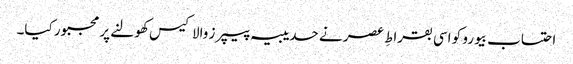
احتساب بیورو کو اسی بقراطِ عصر نے حدیبیہ پیپرز والا کیس کھولنے پر مجبور کیا۔